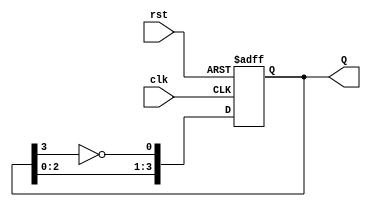
module johnson_counter (
    input wire clk,          // Clock signal
    input wire rst,          // Asynchronous reset signal
    output reg [3:0] Q       // 4-bit output representing the counter state
);

// Always block for the Johnson counter operation
always @(posedge clk or posedge rst) begin
    if (rst) begin
        // Reset the counter to 0000
        Q <= 4'b0000;
    end else begin
        // Johnson counter logic
        Q <= {Q[2:0], ~Q[3]};
    end
end

endmodule